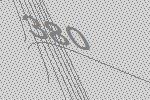
380